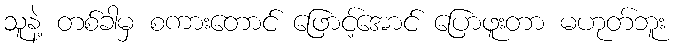
သူနဲ့ တစ်ခါမှ စကားတောင် ဖြောင့်အောင် ပြောဖူးတာ မဟုတ်ဘူး